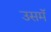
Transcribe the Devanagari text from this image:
उसमॅ